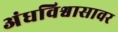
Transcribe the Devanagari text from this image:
अंधविश्वासावर